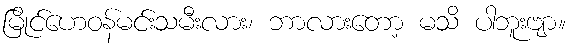
မြိုင်ဟေဝန်မင်းသမီးလား၊ ဘာလားတော့ မသိ ပါဘူးဗျာ။